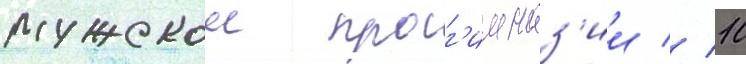
мужскои прог'имназ'ии // 10